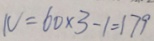
N = 6 0 \times 3 - 1 = 1 7 9